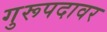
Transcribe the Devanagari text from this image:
गुरूपदावर